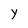
Character: Y